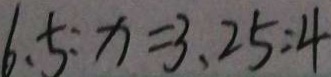
6 . 5 : x = 3 . 2 5 : 4